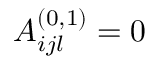
A _ { i j l } ^ { ( 0 , 1 ) } = 0